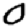
Digit: 0